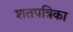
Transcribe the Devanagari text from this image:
शतपत्रिका